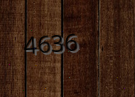
4636